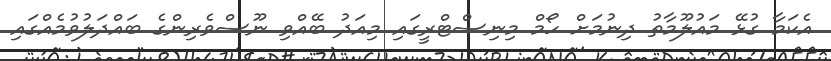
އެކަމާ ގުޅޭ މައުލޫމާތު ދިނުމަށް ހޯމް މިނިސްޓްރީގައި މިއަދު ބޭއްވި ނޫސްވެރިންގެ ބައްދަލުވުމެއްގައި